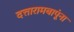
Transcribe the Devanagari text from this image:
दत्तारामबापूंना